Indian journal of veterinary science and animal husbandry - Volumes 15-17, 1948-1951
Year: 1948
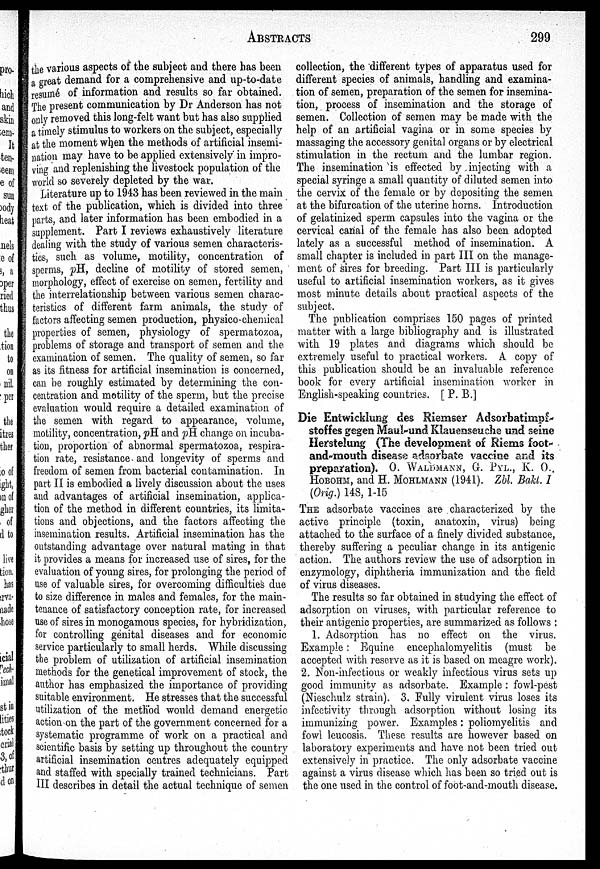
ABSTRACTS
299
the various aspects of the subject and there has been
a great demand for a comprehensive and up-to-date
resumé of information and results so far obtained.
The present communication by Dr Anderson has not
only removed this long-felt want but has also supplied
a timely stimulus to workers on the subject, especially
at the moment when the methods of artificial insemi-
nation may have to be applied extensively in impro-
ving and replenishing the livestock population of the
world so severely depleted by the war.
Literature up to 1943 has been reviewed in the main
text of the publication, which is divided into three
parts, and later information has been embodied in a
supplement. Part I reviews exhaustively literature
dealing with the study of various semen characteris-
tics, such as volume, motility, concentration of
sperms, pH, decline of motility of stored semen,
morphology, effect of exercise on semen, fertility and
the interrelationship between various semen charac-
teristics of different farm animals, the study of
factors affecting semen production, physico-chemical
properties of semen, physiology of spermatozoa,
problems of storage and transport of semen and the
examination of semen. The quality of semen, so far
as its fitness for artificial insemination is concerned,
can be roughly estimated by determining the con-
centration and motility of the sperm, but the precise
evaluation would require a detailed examination of
the semen with regard to appearance, volume,
motility, concentration, pH and pH. change on incuba-
tion, proportion of abnormal spermatozoa, respira-
tion rate, resistance and longevity of sperms and
freedom of semen from bacterial contamination. In
part II is embodied a lively discussion about the uses
and advantages of artificial
, applica-
tion of the method in different countries, its limita-
tions and objections, and the factors affecting the
insemination results. Artificial insemination has the
outstanding advantage over natural mating in that
it provides a means for increased use of sires, for the
evaluation of young sires, for prolonging the period of
use of valuable sires, for overcoming difficulties due
to size difference in males and females, for the main-
tenance of satisfactory conception rate, for increased
use of sires in monogamous species, for hybridization,
for controlling genital diseases and for economic
service particularly to small herds. While discussing
the problem of utilization of artificial insemination
methods for the genetical improvement of stock, the
author has emphasized the importance of providing
suitable environment. He stresses that the successful
utilization of the method would demand energetic,
action-on the part of the government concerned for a
systematic programme of work on a practical and
scientific basis by setting up throughout the country
artificial insemination centres adequately equipped
and staffed with specially trained technicians. Part
III describes in detail the actual technique of semen
collection, the different types of apparatus used for
different species of animals, handling and examina-
tion of semen, preparation of the semen for insemina-
tion, process of insemination and the storage of
semen. Collection of semen may be made with the
help of an artificial vagina or in some species by
massaging the accessory genital organs or by electrical
stimulation in the rectum and the lumbar region.
The insemination is effected by injecting with a
special syringe a small quantity of diluted semen into
the cervix of the female or by depositing the semen
at the bifurcation of the uterine horns. Introduction
of gelatinized sperm capsules into the vagina or the
cervical canal of the female has also been adopted
lately as a successful method of insemination. A
small chapter is included in part III on the manage-
ment of sires for breeding. Part III is particularly
useful to artificial insemination workers, as it gives
most minute details about practical aspects of the
subject.
The publication comprises 150 pages of printed
matter with a large bibliography and is illustrated
with 19 plates and diagrams which should be
extremely useful to practical workers. A copy of
this publication should be an invaluable reference
book for every artificial insemination worker in
English-speaking countries. [ P. B.]
Die Entwicklung des Riemser Adsorbatimpf-
stoffes gegen Maul-und Klauenseuche und seine
Herstelung (The development of Riems foot-
and-mouth disease adsorbate vaccine and its
preparation). O. WALDMANN, G. PYL., K. O.
HOBOHM, and H. MOHLMANN (1941). Zbl. Bakt. I
(Orig.) 148, 1-15
THE adsorbate vaccines are characterized by the
active principle (toxin, anatoxin, virus) being
attached to the surface of a finely divided substance,
thereby suffering a peculiar change in its antigenic
action. The authors review the use of adsorption in
enzymology, diphtheria immunization and the field
of virus diseases.
The results so far obtained in studying the effect of
adsorption on viruses, with particular reference to
their antigenic properties, are summarized as follows :
1. Adsorption has no effect on the virus.
Example : Equine encephalomyelitis (must be
accepted with reserve as it is based on meagre work).
2. Non-infectious or weakly infectious virus sets up
good immunity as adsorbate. Example : fowl-pest
(Nieschulz strain). 3. Fully virulent virus loses its
infectivity through adsorption without losing its
immunizing power. Examples: poliomyelitis and
fowl leucosis. These results are however based on
laboratory experiments and have not been tried out
extensively in practice. The only adsorbate vaccine
against a virus disease which has been so tried out is
the one used in the control of foot-and-mouth disease.